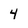
Character: 4